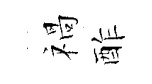
禍酢